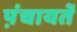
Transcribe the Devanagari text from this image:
प़ंचायतें